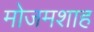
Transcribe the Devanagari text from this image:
मोजमशाह